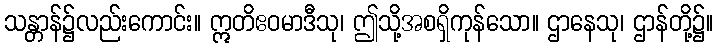
သန္တာန်၌လည်းကောင်း။ ဣတိဧဝမာဒီသု၊ ဤသို့အစရှိကုန်သော။ ဌာနေသု၊ ဌာန်တို့၌။